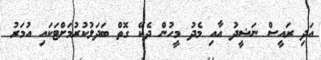
އަދި ރައީސް ނަޝީދު އާއި މެދު މީހުން ދެކޭ ގޮތް ބަދަލުކުރުމަށްޓަކައި އުމަރު